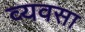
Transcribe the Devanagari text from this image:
व्यवसा